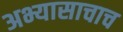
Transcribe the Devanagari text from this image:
अभ्यासाचाच